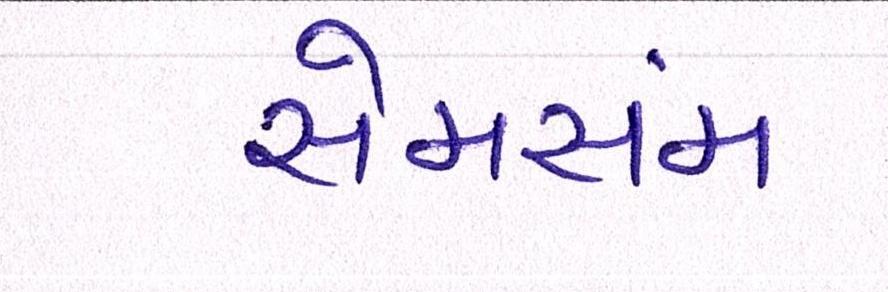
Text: સેમસંમ